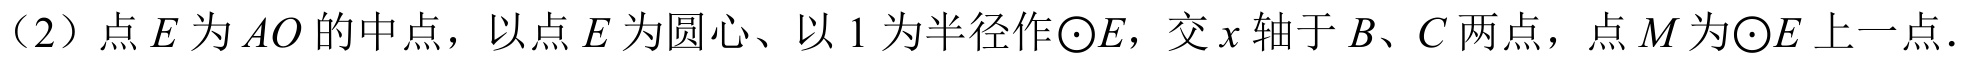
（2）点 \(E\) 为 \(AO\) 的中点，以点 \(E\) 为圆心、以 \(1\) 为半径作\(\odot E\)，交 \(x\) 轴于 \(B、C\) 两点，点 \(M\) 为\(\odot E\) 上一点.